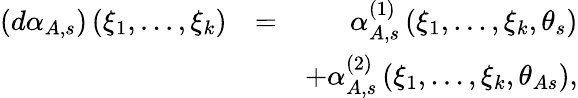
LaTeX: \begin{array}{rlr}{\left(d\alpha_{A,s}\right)\left(\xi_{1},...,\xi_{k}\right)}&{=}&{\alpha_{A,s}^{\left(1\right)}\left(\xi_{1},...,\xi_{k},\theta_{s}\right)}\\ &{}&{+\alpha_{A,s}^{\left(2\right)}\left(\xi_{1},...,\xi_{k},\theta_{As}\right),}\end{array}